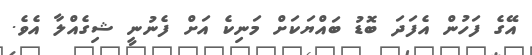
އޭގެ ފަހުން އެފަދަ ބޮޑު ބައްޔަކަށް މަނިކެ އަށް ފެނުނީ ޝިގެއްލާ އެވެ.